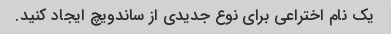
یک نام اختراعی برای نوع جدیدی از ساندویچ ایجاد کنید.